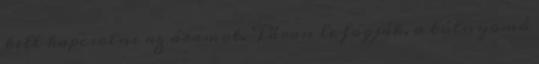
kell kapcsolni az áramot. Páran le fogják, a túlnyomó